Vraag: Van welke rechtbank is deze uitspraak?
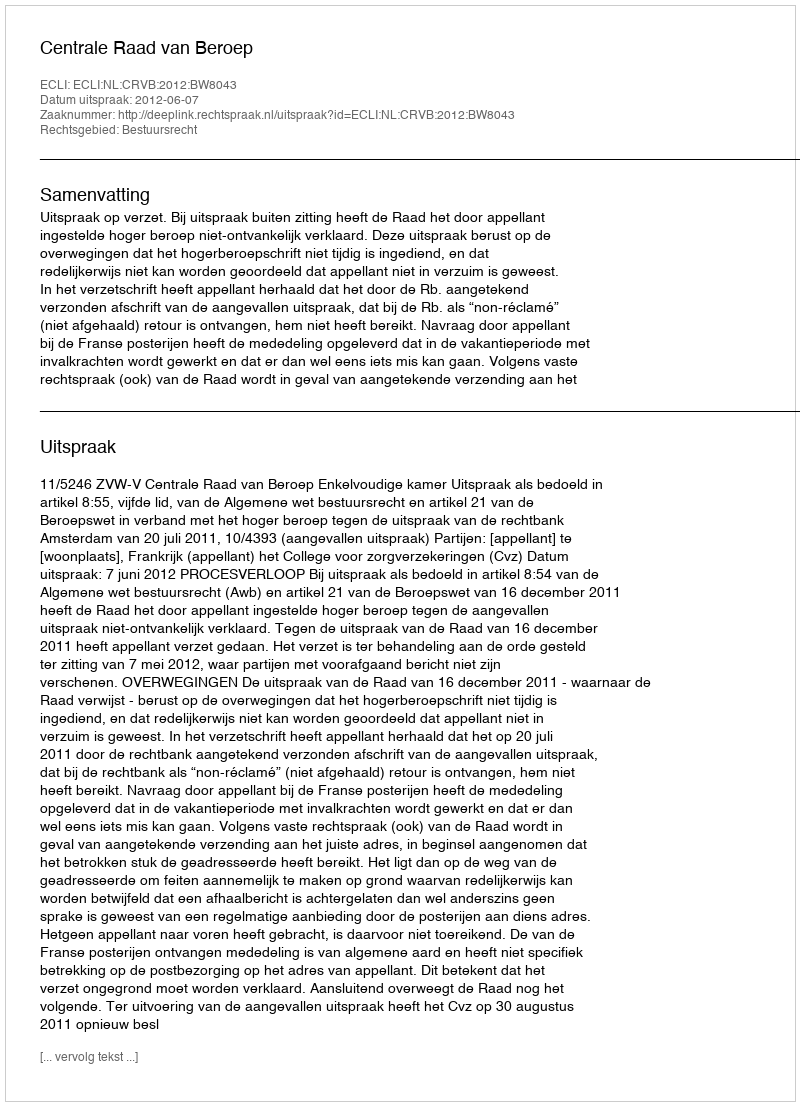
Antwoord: Centrale Raad van Beroep